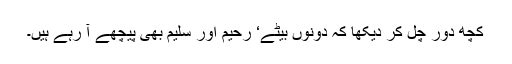
کچھ دور چل کر دیکھا کہ دونوں بیٹے‘ رحیم اور سلیم بھی پیچھے آ رہے ہیں۔